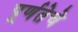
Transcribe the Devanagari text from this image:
पूर्णतेचे